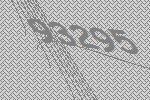
93295